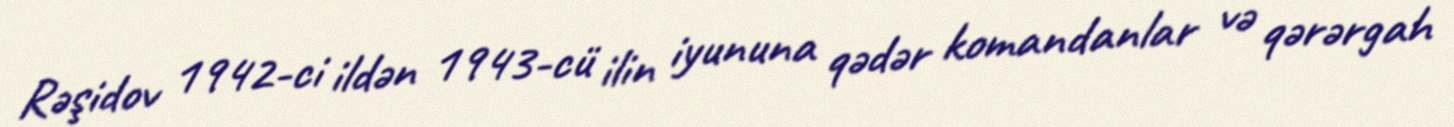
Rəşidov 1942-ci ildən 1943-cü ilin iyununa qədər komandanlar və qərərgah